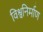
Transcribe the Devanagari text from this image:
विश्वनिर्माण